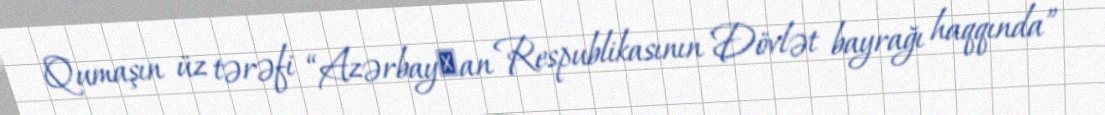
Qumaşın üz tərəfi “Azərbayсan Respublikasının Dövlət bayrağı haqqında”